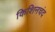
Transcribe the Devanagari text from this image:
किशिनचंद